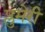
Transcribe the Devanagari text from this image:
प्लुमेरी